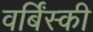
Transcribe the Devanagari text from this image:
वर्बिंस्की